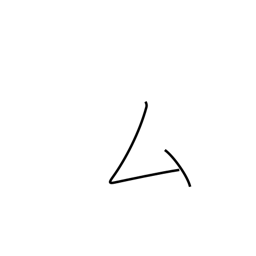
Meaning: katakana mu radical (no. 28)